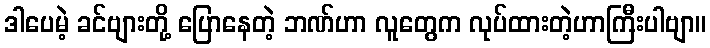
ဒါပေမဲ့ ခင်ဗျားတို့ ပြောနေတဲ့ ဘဏ်ဟာ လူတွေက လုပ်ထားတဲ့ဟာကြီးပါဗျာ။